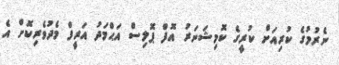
ނެރުމުގެ ކުރިއަށް ކުރީގެ ކޮމިޝަނަރު އޮފް ޕޮލިސް އަޙްމަދު އަރީފް މެދުވެރިކޮށް އެ